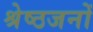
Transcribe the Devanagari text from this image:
श्रेष्ठजनों